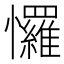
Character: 㦬